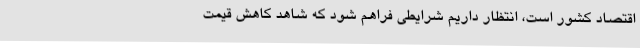
اقتصاد کشور است، انتظار داریم شرایطی فراهم شود که شاهد کاهش قیمت